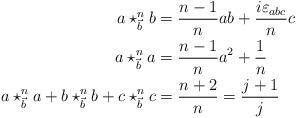
LaTeX: \begin{align*}a\star_{\vec{b}}^{n}b & =\frac{n-1}{n}ab+\frac{i\varepsilon_{abc}}{n}c\\a\star_{\vec{b}}^{n}a & =\frac{n-1}{n}a^{2}+\frac{1}{n}\\a\star_{\vec{b}}^{n}a+b\star_{\vec{b}}^{n}b+c\star_{\vec{b}}^{n}c & = \frac{n+2}{n} = \frac{j+1}{j} \end{align*}